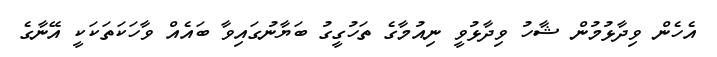
އެހެން ވިދާޅުމުން ޝާހު ވިދާޅުވީ ނިއުމާގެ ތަހުގީގު ބަޔާނުގައިވާ ބައެއް ވާހަކަތަކަކީ އޭނާގެ